Annual report on the lock hospitals of the Madras Presidency
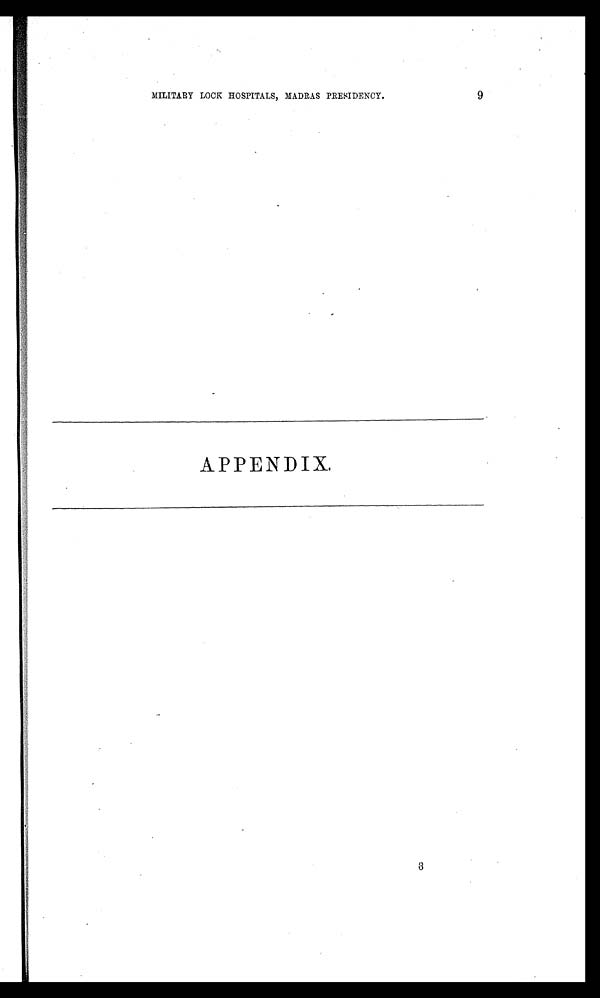
9
MILITARY LOCK HOSPITALS, MADRAS PRESIDENCY.
APPENDIX.